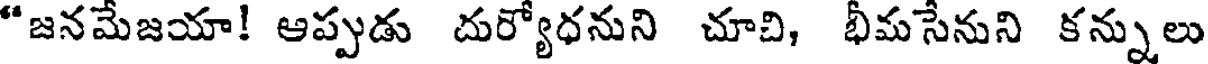
"జనమేజయా! ఆప్పుడు దుర్యోధనుని చూచి, భీమసేనుని కన్నులు